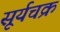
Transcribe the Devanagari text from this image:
सूर्यचक्र